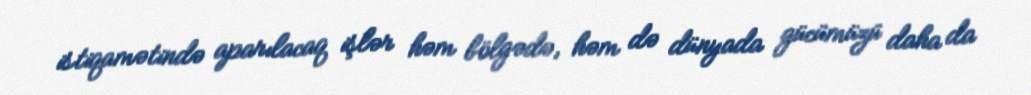
istiqamətində aparılacaq işlər həm bölgədə, həm də dünyada gücümüzü daha da